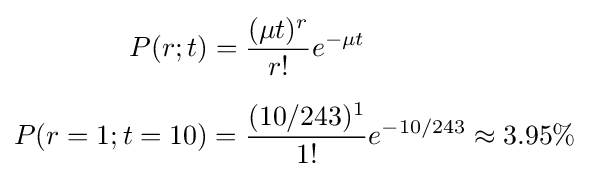
{\begin{aligned}P(r;t)&={\frac {(\mu t)^{r}}{r!}}e^{-\mu t}\\[6pt]P(r=1;t=10)&={\frac {(10/243)^{1}}{1!}}e^{-10/243}\approx 3.95\%\end{aligned}}